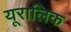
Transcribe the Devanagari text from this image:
यूरालिक